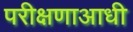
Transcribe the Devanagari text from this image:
परीक्षणाआधी